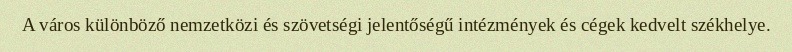
A város különböző nemzetközi és szövetségi jelentőségű intézmények és cégek kedvelt székhelye.